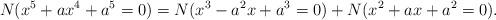
LaTeX: \begin{align*}N(x^5+ax^4+a^5=0)=N(x^3-a^2x+a^3=0)+N(x^2+ax+a^2=0). \end{align*}